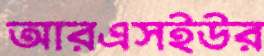
আরএসইউর